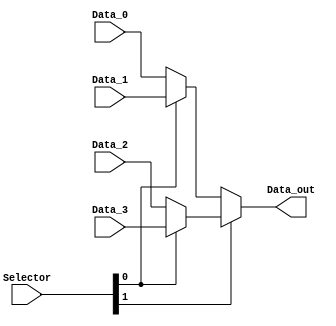
module mux_4x1_5 (
    input wire [4:0] Data_0,
    input wire [4:0] Data_1,
    input wire [4:0] Data_2,
    input wire [4:0] Data_3,

    input wire [1:0] Selector,
    output wire [4:0] Data_out
);

wire [4:0] A1, A2;

assign A1 = (Selector[0]) ? Data_3 : Data_2;
assign A2 = (Selector[0]) ? Data_1 : Data_0;

assign Data_out = (Selector[1]) ? A1 : A2;
endmodule